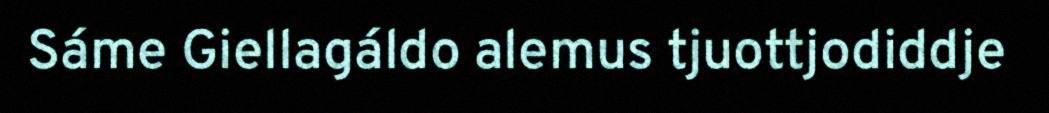
Sáme Giellagáldo alemus tjuottjodiddje